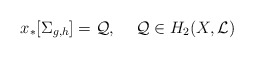
\begin{align*}x_*[\Sigma_{g,h}]={\cal Q}, \,\,\,\,\,\,\, {\cal Q}\in H_2(X, {\cal L})\end{align*}